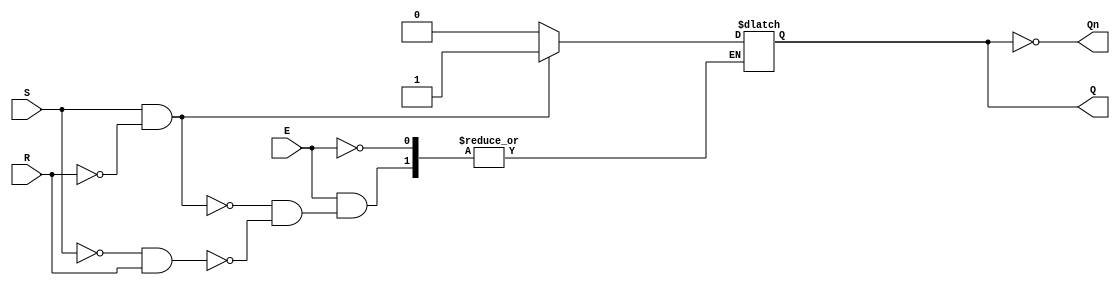
module gated_sr_latch (
    input wire S,    // Set input
    input wire R,    // Reset input
    input wire E,    // Enable input
    output reg Q,    // Output Q
    output wire Qn   // Complementary output Q'
);

// Q' is simply the inverse of Q
assign Qn = ~Q;

// Sequential logic for the gated SR latch
always @ (E or S or R) begin
    if (E) begin
        if (S && !R) begin
            Q <= 1'b1;  // Set state
        end
        else if (!S && R) begin
            Q <= 1'b0;  // Reset state
        end
        // If S == 0 and R == 0, hold current state
        // If S == 1 and R == 1, invalid state (no change allowed)
    end
    // When E is low, do nothing and retain previous state
end

endmodule